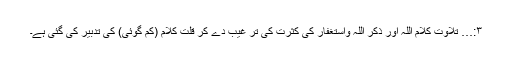
۳:… تلاوتِ کلام اللہ اور ذکر اللہ واستغفار کی کثرت کی تر غیب دے کر قلتِ کلام (کم گوئی) کی تدبیر کی گئی ہے۔